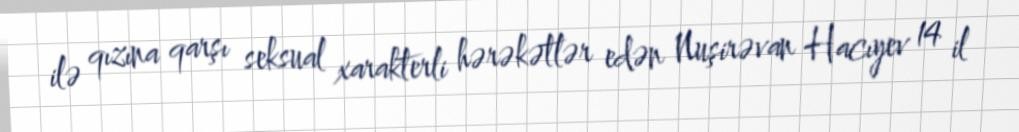
ilə qızına qarşı seksual xarakterli hərəkətlər edən Nuşirəvan Hacıyev 14 il